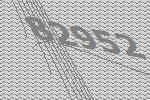
82952